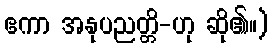
ဧကာ အနုပညတ္တိ-ဟု ဆို၏။)